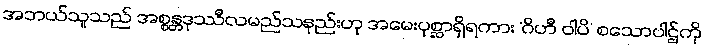
အဘယ်သူသည် အစ္စန္တဒုဿီလမည်သနည်းဟု အမေးပုစ္ဆာရှိရကား ‘ဂိဟီ ဝါပိ’ စသောပါဌ်ကို